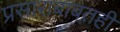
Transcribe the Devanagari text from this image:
प्रसाराबाबतही